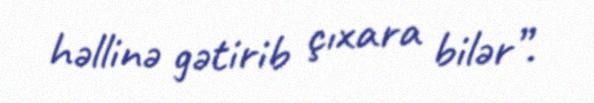
həllinə gətirib çıxara bilər”.